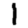
Digit: 1